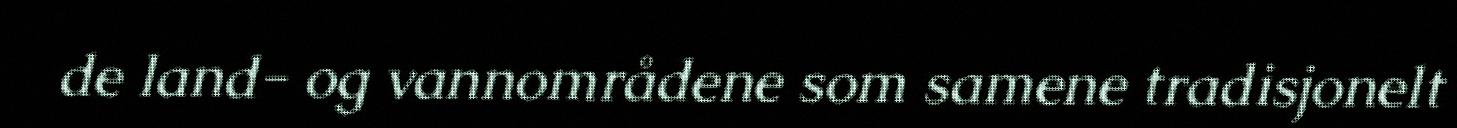
de land- og vannområdene som samene tradisjonelt